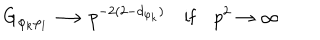
LaTeX: G _ { \varphi _ { k } \varphi _ { l } } \longrightarrow p ^ { - 2 ( 2 - d _ { \varphi _ { k } } ) } \quad \mathrm { i f } \quad p ^ { 2 } \to \infty